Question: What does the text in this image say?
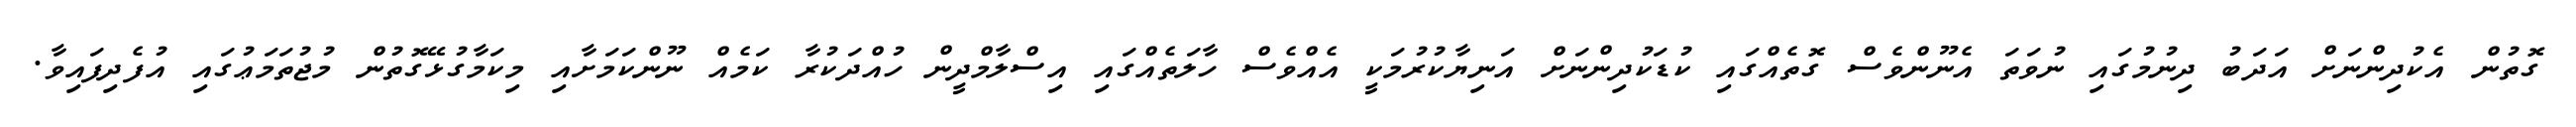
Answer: ގޮތުން އެކުދިންނަށް އަދަބު ދިނުމުގައި ނުވަތަ އެނޫންވެސް ގޮތެއްގައި ކުޑަކުދިންނަށް އަނިޔާކުރުމަކީ އެއްވެސް ހާލަތެއްގައި އިސްލާމްދީން ހުއްދަކުރާ ކަމެއް ނޫންކަމަށާއި މިކަމާގުޅޭގޮތުން މުޖުތަމަޢުގައި އުފެދިފައިވާ.